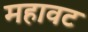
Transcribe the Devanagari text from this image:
महावट